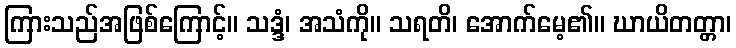
ကြားသည်အဖြစ်ကြောင့်။ သဒ္ဒံ၊ အသံကို။ သရတိ၊ အောက်မေ့၏။ ဃာယိတတ္တာ၊